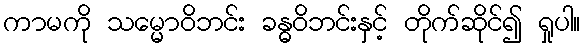
ကာမကို သမ္မောဝိဘင်း ခန္ဓဝိဘင်းနှင့် တိုက်ဆိုင်၍ ရှုပါ။